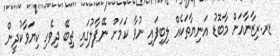
ޑރ.ރިޒާނާއަށް މާބޮޑު އަނިޔާތަކެއް ލިބިފައި ނުވާ ކަމަށް ނޭޕާލުގައި ތިބޭ ދިވެހި ކިޔަވާކުދީން